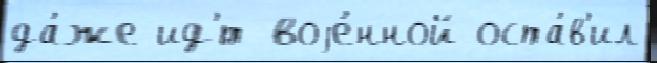
да́же ид'́т воjе́нной оста́в'ил